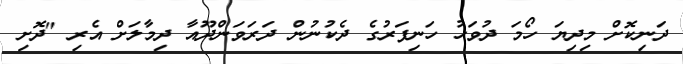
ދަނިކޮށް މިދިޔަ ހޯމަ ދުވަހު ހަނިފަރުގެ ދެކުނުން ދަރަވަންދޫއާ ދިމާލަށް އެރި "ދޮށި